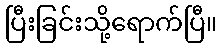
ပြီးခြင်းသို့ရောက်ပြီ။